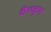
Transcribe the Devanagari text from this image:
शैलकृत्त